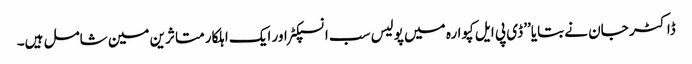
ڈاکٹر جان نے بتایا’’ ڈی پی ایل کپوارہ میں پولیس سب انسپکٹر اور ایک اہلکار متاثرین مین شامل ہیں۔